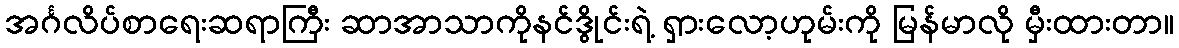
အင်္ဂလိပ်စာရေးဆရာကြီး ဆာအာသာကိုနင်ဒွိုင်းရဲ့ ရှားလော့ဟုမ်းကို မြန်မာလို မှီးထားတာ။